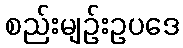
စည်းမျဉ်းဥပဒေ